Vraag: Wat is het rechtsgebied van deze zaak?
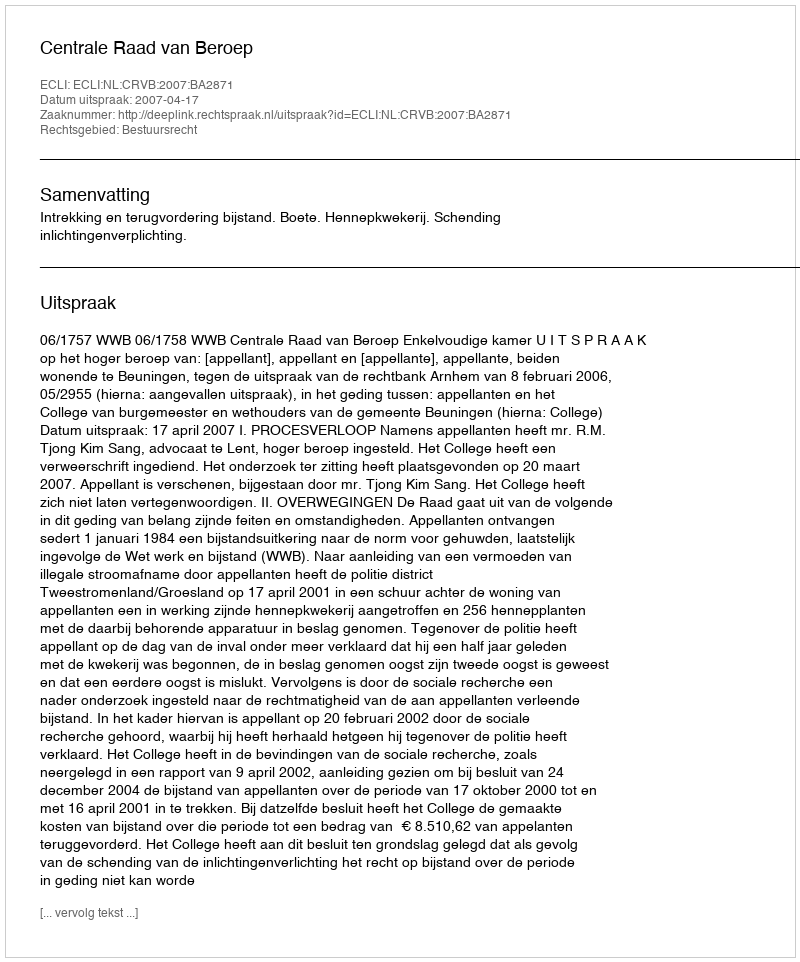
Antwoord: Bestuursrecht